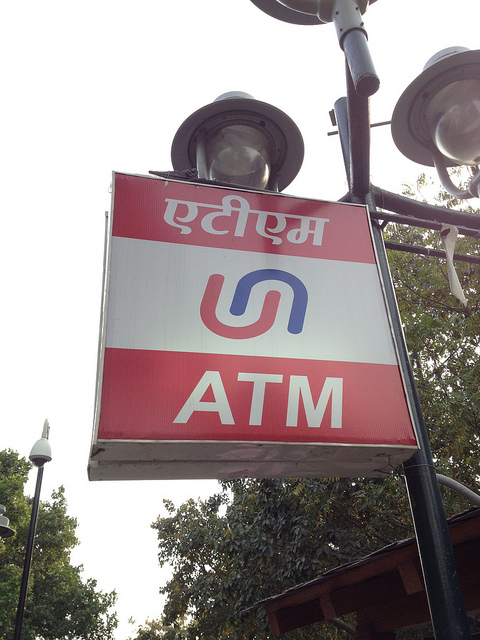
Language: hindi
Transcription: एटीएम